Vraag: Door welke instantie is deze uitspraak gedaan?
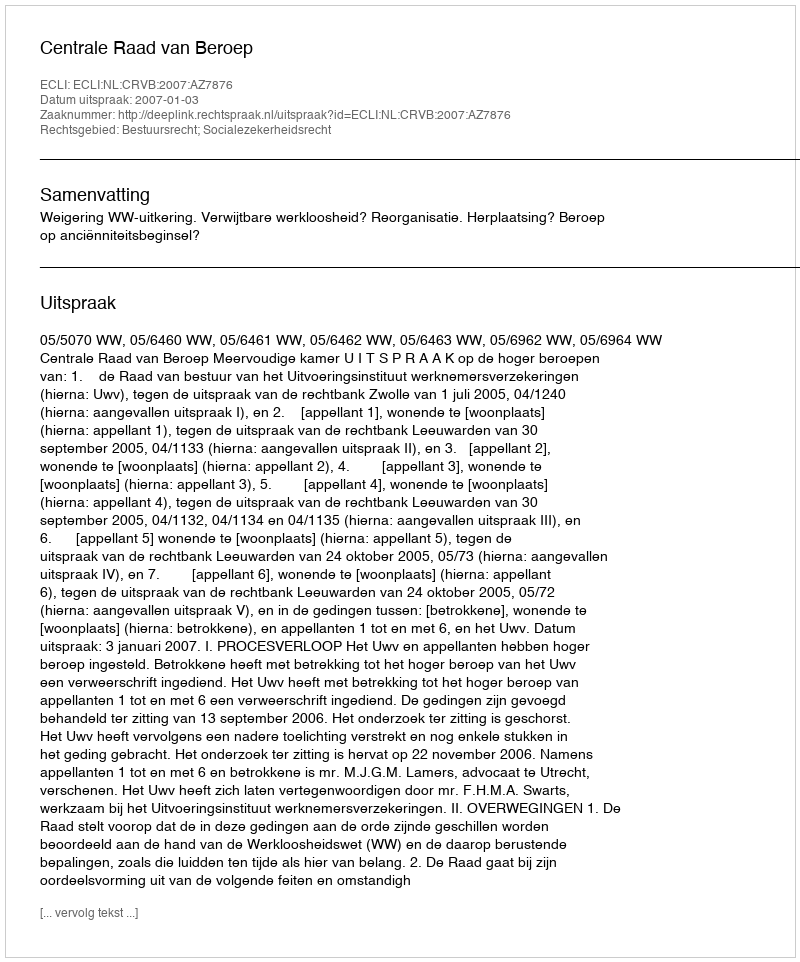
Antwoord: Centrale Raad van Beroep